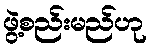
ဖွဲ့စည်းမည်ဟု